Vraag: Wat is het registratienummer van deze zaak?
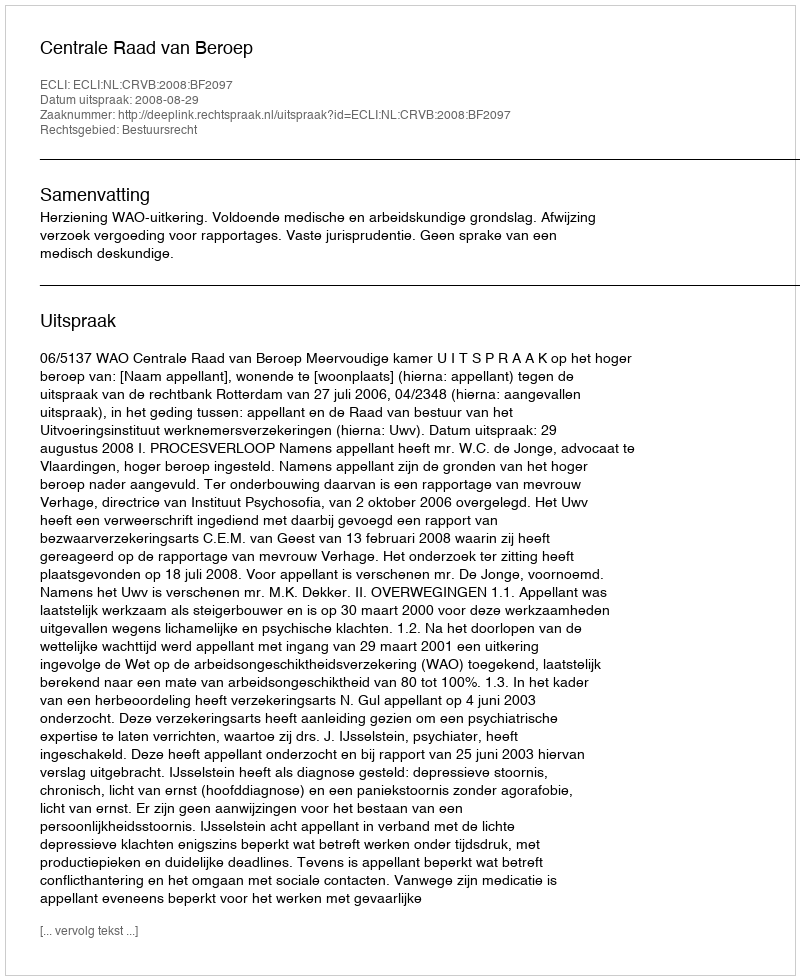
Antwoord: http://deeplink.rechtspraak.nl/uitspraak?id=ECLI:NL:CRVB:2008:BF2097